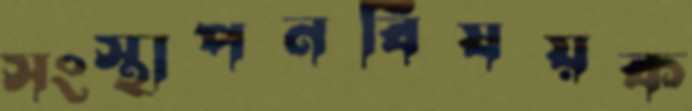
সংস্থাপনবিষয়ক